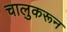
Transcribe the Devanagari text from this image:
चालुकरून